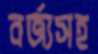
বর্জ্যসহ